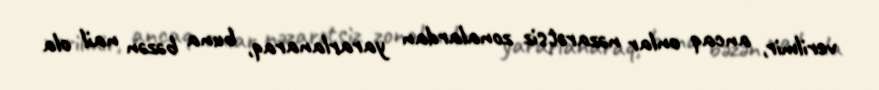
verilmir, ancaq onlar nəzarətsiz zonalardan yararlanaraq, buna bəzən nail ola